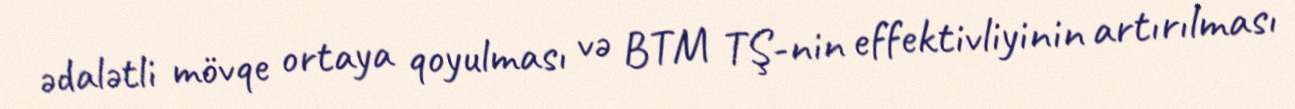
ədalətli mövqe ortaya qoyulması və BTM TŞ-nin effektivliyinin artırılması